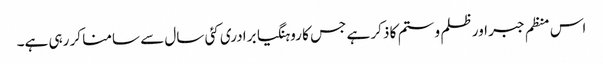
اس منظم جبر اور ظلم و ستم کا ذکر ہے جس کا روہنگیا برادری کئی سال سے سامنا کر رہی ہے۔